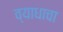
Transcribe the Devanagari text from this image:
व्याधाचा